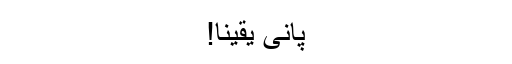
پانی یقینا!